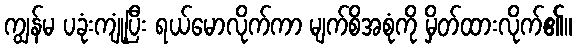
ကျွန်မ ပခုံးကျုံ့ပြီး ရယ်မောလိုက်ကာ မျက်စိအစုံကို မှိတ်ထားလိုက်၏။